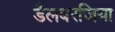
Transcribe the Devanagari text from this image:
डैलबरजिया